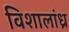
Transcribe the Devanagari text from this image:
विशालांध्र